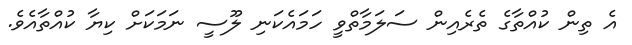
އެ ތިން ކުއްތާގެ ތެރެއިން ސަލަމާތްވީ ހަމައެކަނި ލޫސީ ނަމަކަށް ކިޔާ ކުއްތާއެވެ.